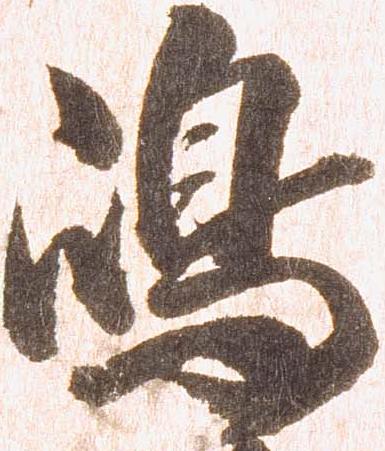
嶋